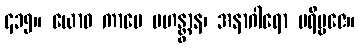
၄၁၅။ ယောဓ ကာမေ ပဟန္တွာန၊ အနာဂါရော ပရိဗ္ဗဇေ။